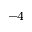
^ { - 4 }